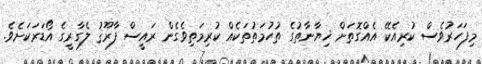
މިފަހަރުވެސް ކުރިއެކޭ އެއްގޮތަށް ޚިޔާނާތުގެ ތުހުމަތުތަކެއް ކުރިމަތިވެގެން ރައީސް ފާރޫޤު ލެގާރީގެ އޯޑަރަކަށެވެ.